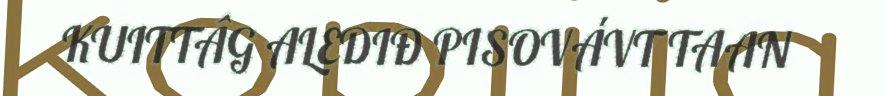
KUITTÂG ALEDIĐ PISOVÁVT TAAN